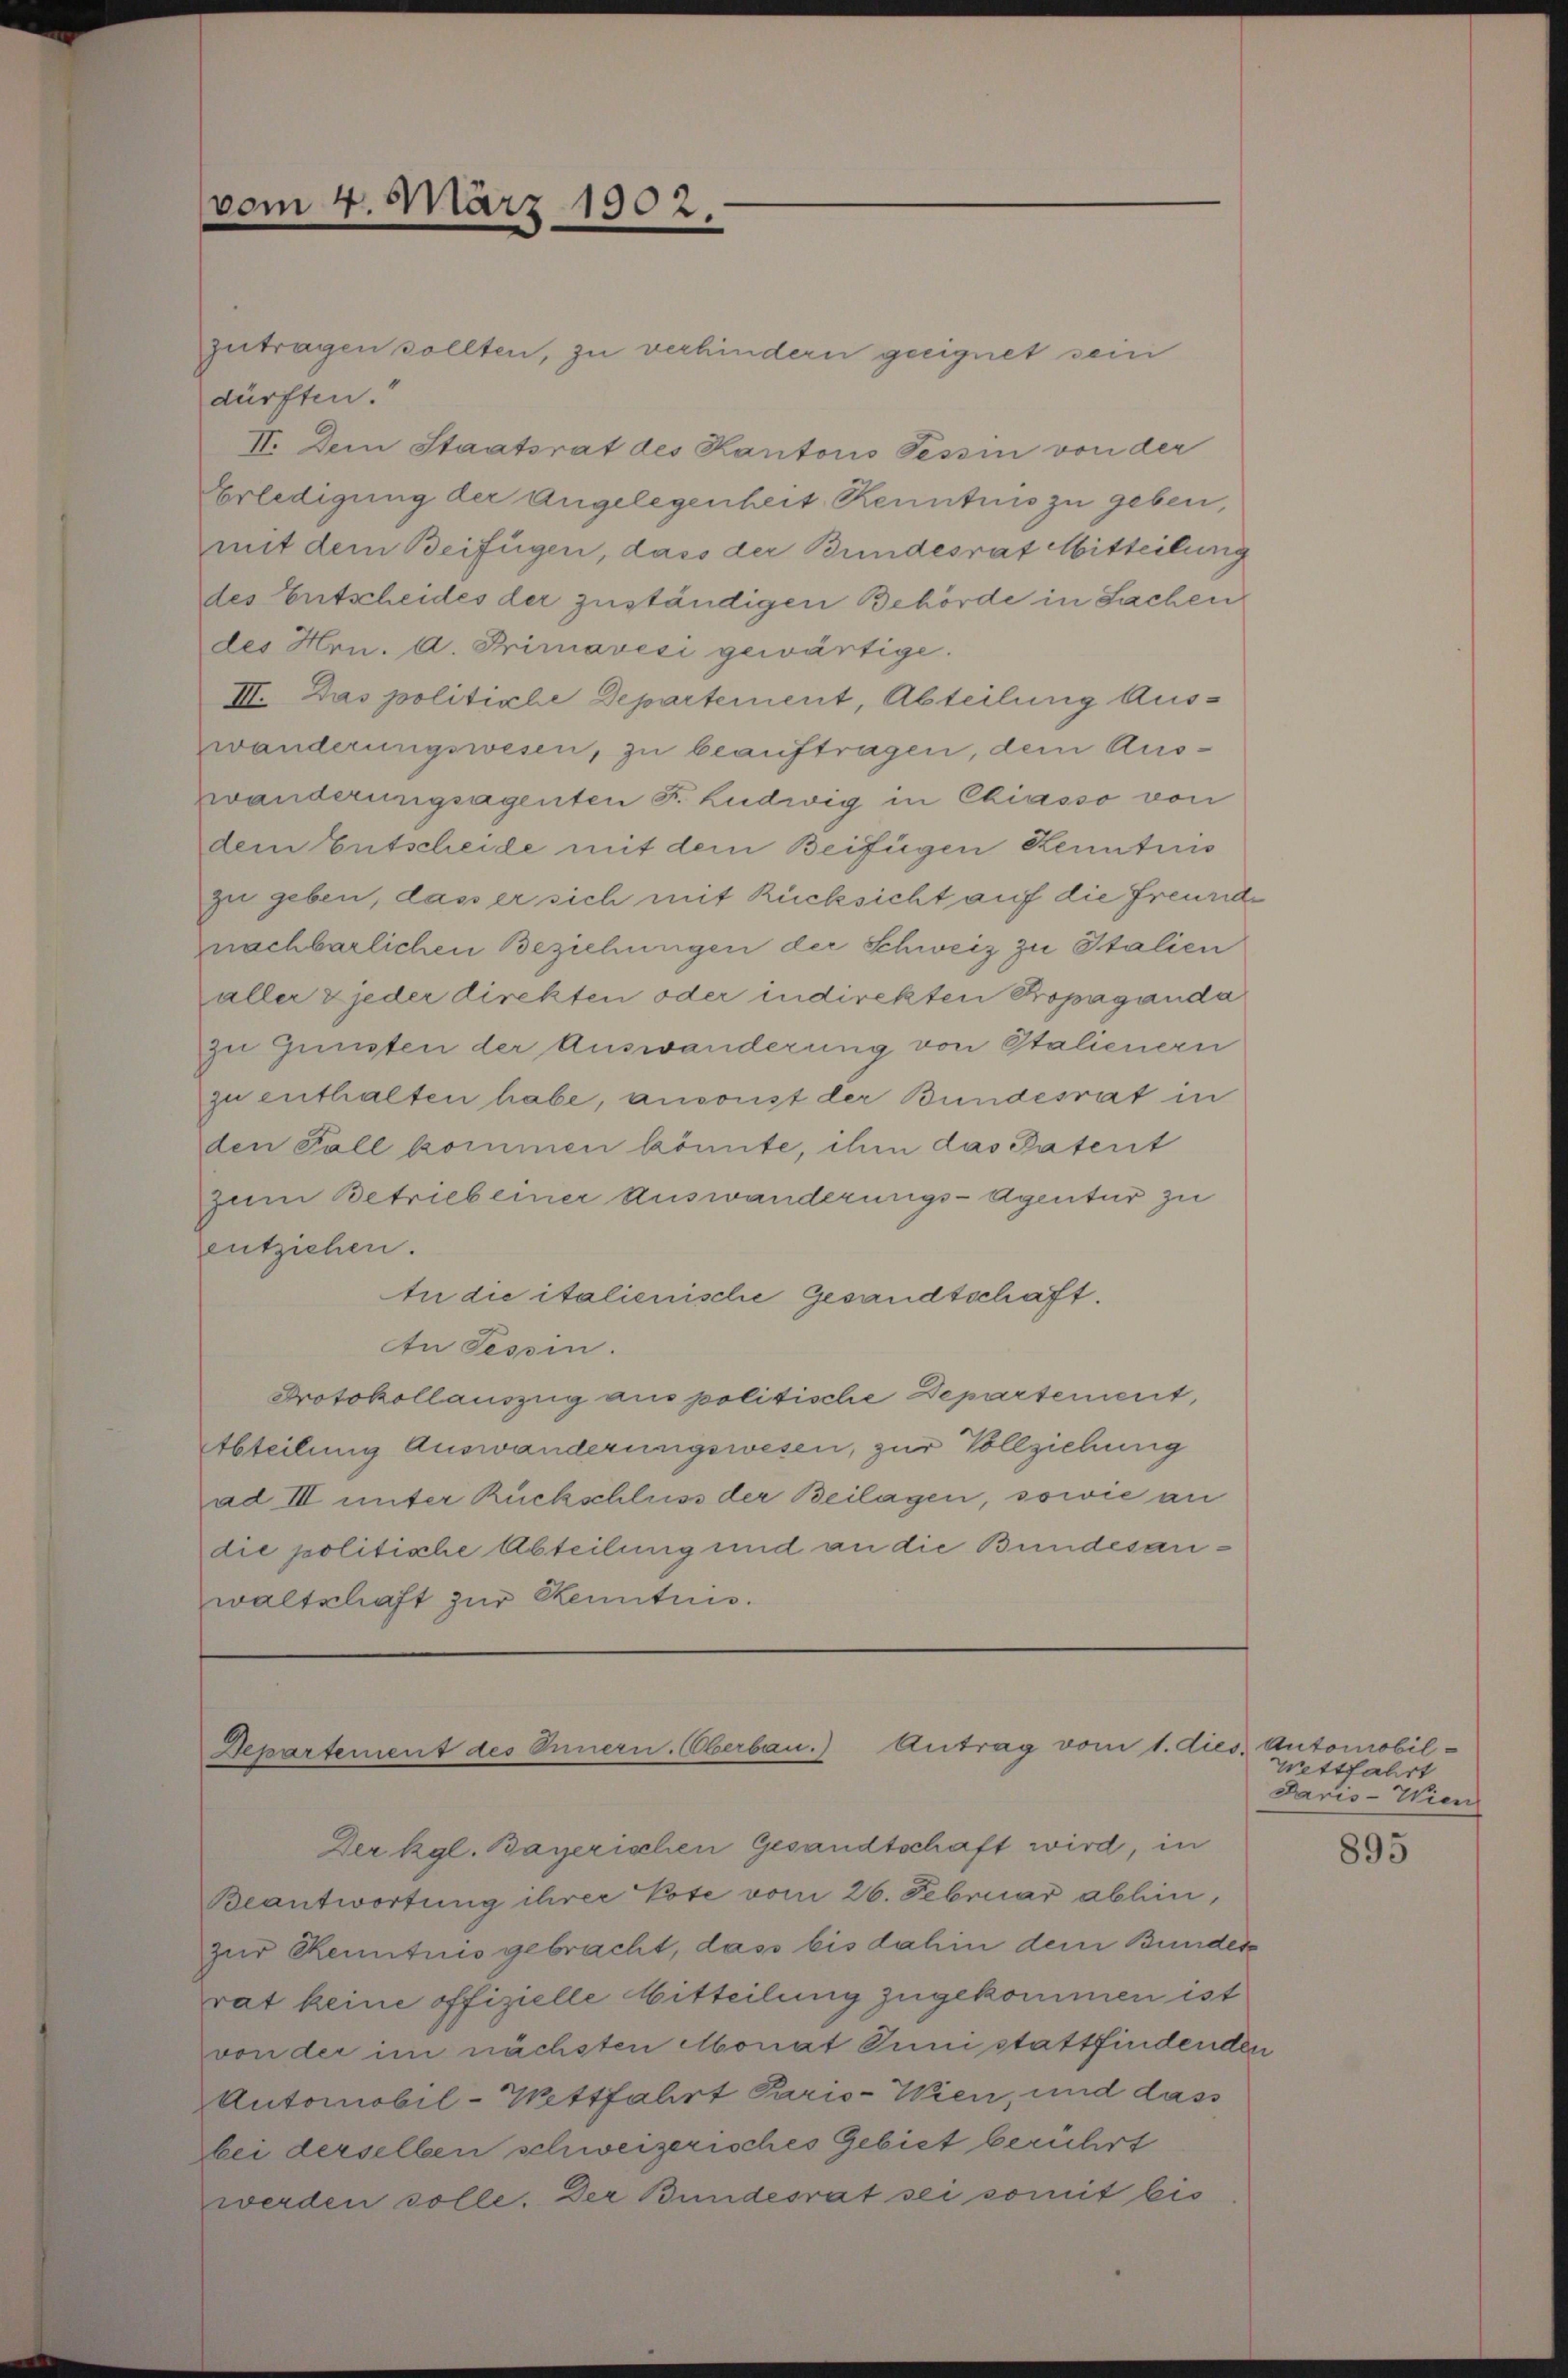
vom 4. März 1902.

zutragen sollten, zu verhindern geeignet sein
dürften.
II. Dem Staatsrat des Kantoris Tessin von der
Erledigung der Angelegenheit Kenntnis zu geben,
mit dem Beifügen, dass der Bundesrat Mitteilung
des Entscheides der zuständigen Behörde in Sachen
des Hrn. a. Primavici gewärtige.
III. Das politicle Departement, Abteilung Auswänderungswesen, zu beauftragen, dem Auswanderungsagenten F. Ludwig in Chiasso von
dem Entscheide mit dem Beifügen Kenntnis
zu geben, das er sich mit Rücksicht auf die Freunde
nachbarlichen Beziehungen der Schweiz zu Italien
aller & jeder direkten oder indirekten Propaganda
zu Gunsten der Auswanderung von Stalienern
zu enthalten habe, ansonst der Bundesrat in
den Fall kommen könnte, ihm das Patent
zum Betrieb einer Auswanderungs-Agentur zu
entziehen.
In die italienische Gesandtschaft.
An Tessin.
Protokollauszug aus politische Departement,
Abteilung Auswanderungswesen, zur Vollziehung
ad III unter Rückschluss der Beilagen, sowie an
die politische Abteilung und an die Bundesanwaltschaft zur Kenntnis.

Departement des Innern. Oberbau.) Antrag vom 1. dies. Automobil-

Der Kgl. Bayerischen Gesandtschaft wird, in
Beantwortung ihrer Pote vom 26. Februar abhin,
zur Kenntnis gebracht, das bis dahin dem Bunder
rat keine offizielle Mitteilung zugekommen ist
von der im nächsten Monat Juni stattfindenden
Automobil-Wittfahrt Paris-Wien, und dass
bei derselben schweizerisches Gebiet berührt
werden solle. Der Bundesrat sei somit bis

wettfahrt
Daris - Wien

895